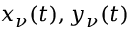
x _ { \nu } ( t ) , y _ { \nu } ( t )